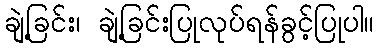
ချဲ့ခြင်း၊ ချဲ့ခြင်းပြုလုပ်ရန်ခွင့်ပြုပါ။